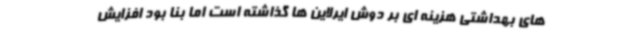
های بهداشتی هزینه ای بر دوش ایرلاین ها گذاشته است اما بنا بود افزایش